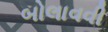
બોલાવવી